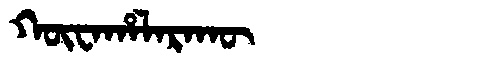
Manchu: ᡴᡡᠸᠠᡥᠠᠯᠠᡵᠠᡴᡡ
Romanization: KŪWAHALARAKŪ